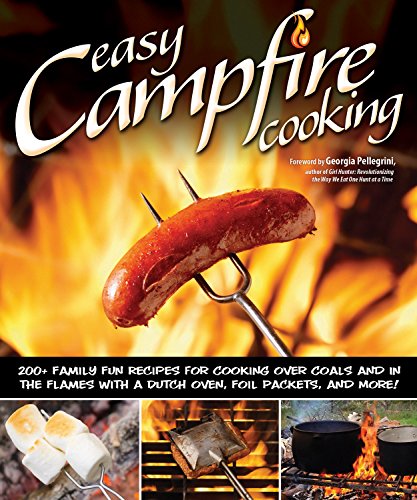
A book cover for Easy Campfire Cooking; Peg Couch; Cookbooks, Food & Wine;